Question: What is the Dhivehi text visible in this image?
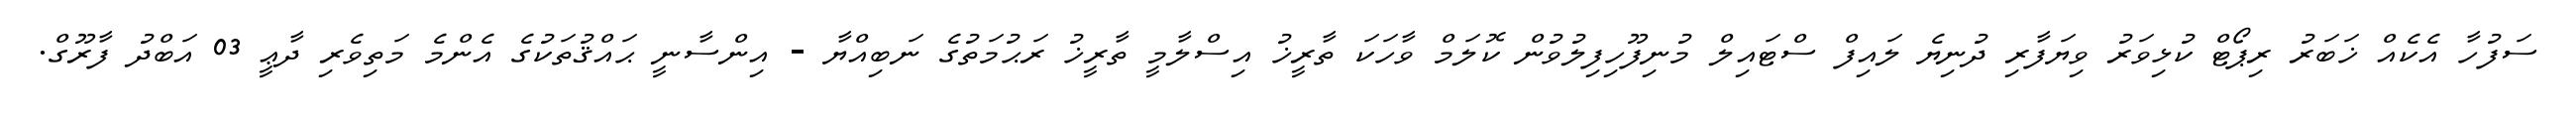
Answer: ސަފުހާ އެކެއް ޚަބަރު ރިޕޯޓް ކުޅިވަރު ވިޔަފާރި ދުނިޔެ ލައިފް ސްޓައިލް މުނިފޫހިފިލުވުން ކޮލަމް ވާހަކަ ތާރީޚު އިސްލާމީ ތާރީޚު ރަޙުމަތުގެ ނަބިއްޔާ - އިންސާނީ ޙައްޤުތަކުގެ އެންމެ މަތިވެރި ދާޢީ 03 އަބްދު ފާރޫގް.